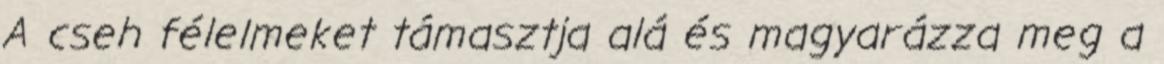
A cseh félelmeket támasztja alá és magyarázza meg a